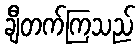
ချီတက်ကြသည်